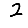
Digit: 2